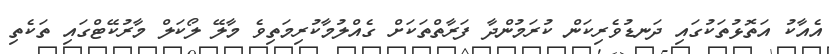
އެއާކު އަތޮޅުތަކުގައި ދަނޑުވެރިކަން ކުރަމުންދާ ފަރާތްތަކަށް ގެއްލުމާކުރިމަތިވެ މާލޭ ލޯކަލް މާރުކޭޓްގައި ތަކެތި